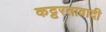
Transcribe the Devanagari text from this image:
कट्टरतावादी